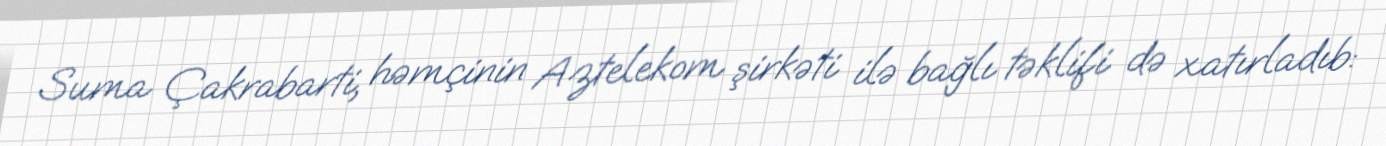
Suma Çakrabarti, həmçinin Aztelekom şirkəti ilə bağlı təklifi də xatırladıb: